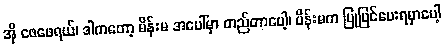
အို ဖေဖေရယ်၊ ဒါကတော့ မိန်းမ အပေါ်မှာ တည်တာပေါ့၊ မိန်းမက ပြုပြင်ပေးရမှာပေါ့